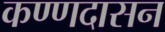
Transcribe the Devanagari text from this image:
कण्णदासन